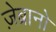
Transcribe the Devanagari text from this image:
ज़ेब्रानो